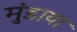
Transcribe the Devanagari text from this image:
मुंडाया